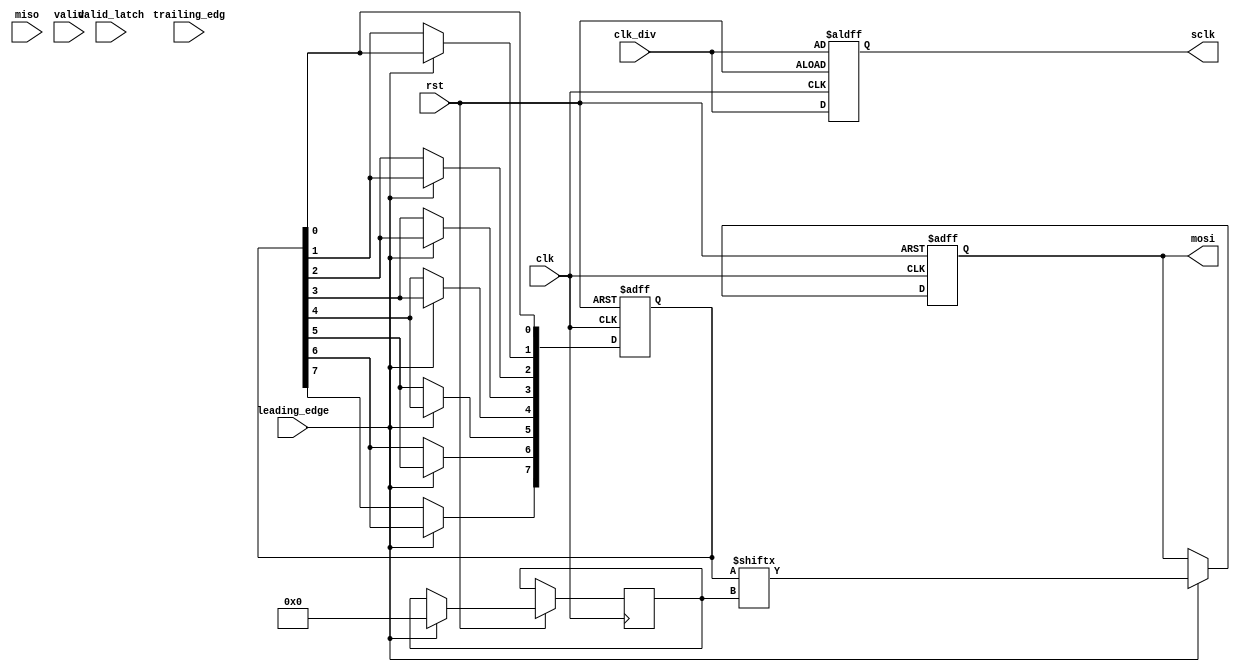
/***********************************************port declartion*************************************************/
module spi_master ( 
input wire clk,rst,clk_div,valid_latch,leading_edge,trailing_edg,miso,valid,
output reg sclk,mosi
);
/*****************************************************************************************************************/

/***********************************************signal declartion*************************************************/        
reg [7:0]    data_in,data_out;
integer          i,x;
/*****************************************************************************************************************/

/*****************************************************************************************************************/
always@(posedge clk or negedge rst)
begin
sclk <= clk_div;
    if(!rst)
    begin
        data_in<=0;
        data_out<=0;
        mosi<=0;
        sclk <=clk_div;
    end

    else if (leading_edge==1)
    begin
        mosi <= data_out[i];
        for(i=7;i>=1;i=i-1)
        begin
        data_out[i] <= data_out[i-1];
        end
    end
    else if (trailing_edg==1)
    begin
        data_in[x] <= miso;
        for(x=7;x>=1;x=x-1)
        data_in[x-1] <= data_in[x];
    end


end
/**************************************************************************************************************/	
endmodule